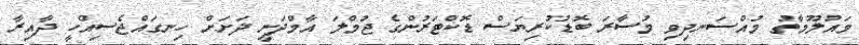
މައުލޫމާތު މުއްސަނދިވި މުސާރަ ބޮޑުކުރިޔަސް ޑޮކްޓަރުންގެ ޖުމްލަ އާމްދަނީ ދަށަށް ހިނގައްޖެސިއްހީ ދާއިރާ